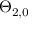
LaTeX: \Theta _ { 2 , 0 }